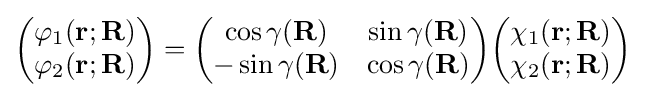
{\begin{pmatrix}\varphi _{1}(\mathbf {r} ;\mathbf {R} )\\\varphi _{2}(\mathbf {r} ;\mathbf {R} )\\\end{pmatrix}}={\begin{pmatrix}\cos \gamma (\mathbf {R} )&\sin \gamma (\mathbf {R} )\\-\sin \gamma (\mathbf {R} )&\cos \gamma (\mathbf {R} )\\\end{pmatrix}}{\begin{pmatrix}\chi _{1}(\mathbf {r} ;\mathbf {R} )\\\chi _{2}(\mathbf {r} ;\mathbf {R} )\\\end{pmatrix}}